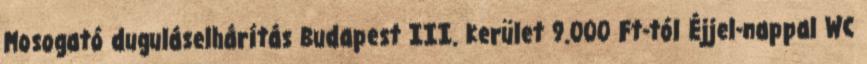
Mosogató duguláselhárítás Budapest III. kerület 9.000 Ft-tól Éjjel-nappal WC